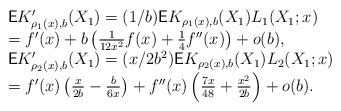
\begin{gather*}\begin{array}{ll}&\mathsf E K'_{\rho_1(x),b}(X_1)=(1/b)\mathsf EK_{\rho_1(x),b}(X_1)L_1(X_1;x)\\&= f'(x) + b\left(\frac{1}{12x^2} f(x) +\frac{1}{4}f''(x)\right)+o(b),\\&\mathsf E K'_{\rho_2(x),b}(X_1)=(x/2b^2)\mathsf E K_{\rho_2(x),b}(X_1)L_2(X_1;x)\\&=f'(x)\left(\frac{x}{2b}-\frac{b}{6x}\right)+f''(x)\left(\frac{7x}{48}+\frac{x^2}{2b}\right)+o(b).\end{array}\end{gather*}